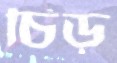
চিড়